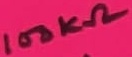
Text: 100KΩ